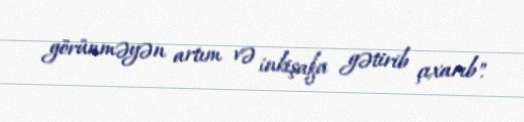
görünməyən artım və inkişafa gətirib çıxarıb".